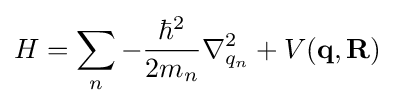
H=\sum _{n}-{\frac {\hbar ^{2}}{2m_{n}}}\nabla _{q_{n}}^{2}+V(\mathbf {q} ,\mathbf {R} )